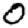
Digit: 0